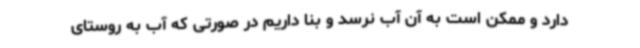
دارد و ممکن است به آن آب نرسد و بنا داریم در صورتی که آب به روستای